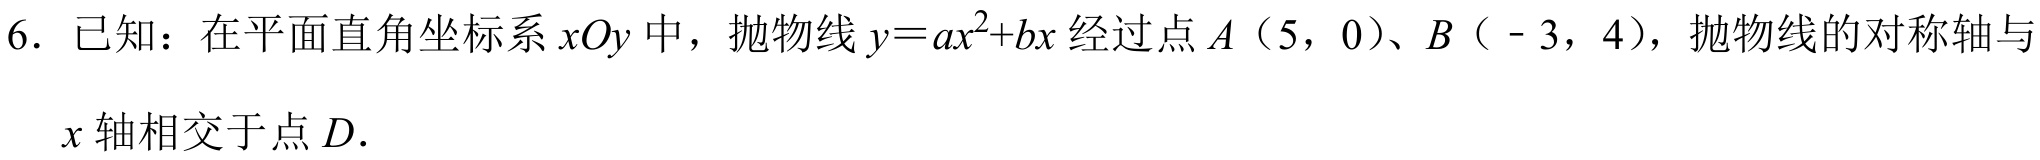
6. 已知：在平面直角坐标系 \(xOy\) 中，抛物线 \(y = ax^{2}+bx\) 经过点 \(A(5,0)\)、\(B(-3,4)\)，抛物线的对称轴与 \(x\) 轴相交于点 \(D\).